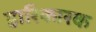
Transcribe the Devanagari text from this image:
हारिकारक